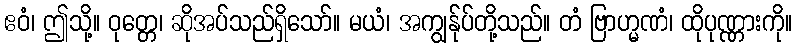
ဧဝံ၊ ဤသို့။ ဝုတ္တေ၊ ဆိုအပ်သည်ရှိသော်။ မယံ၊ အကျွန်ုပ်တို့သည်။ တံ ဗြာဟ္မဏံ၊ ထိုပုဏ္ဏားကို။